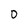
Character: 0